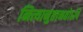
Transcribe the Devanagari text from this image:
नित्यानुष्ठानतोऽपि